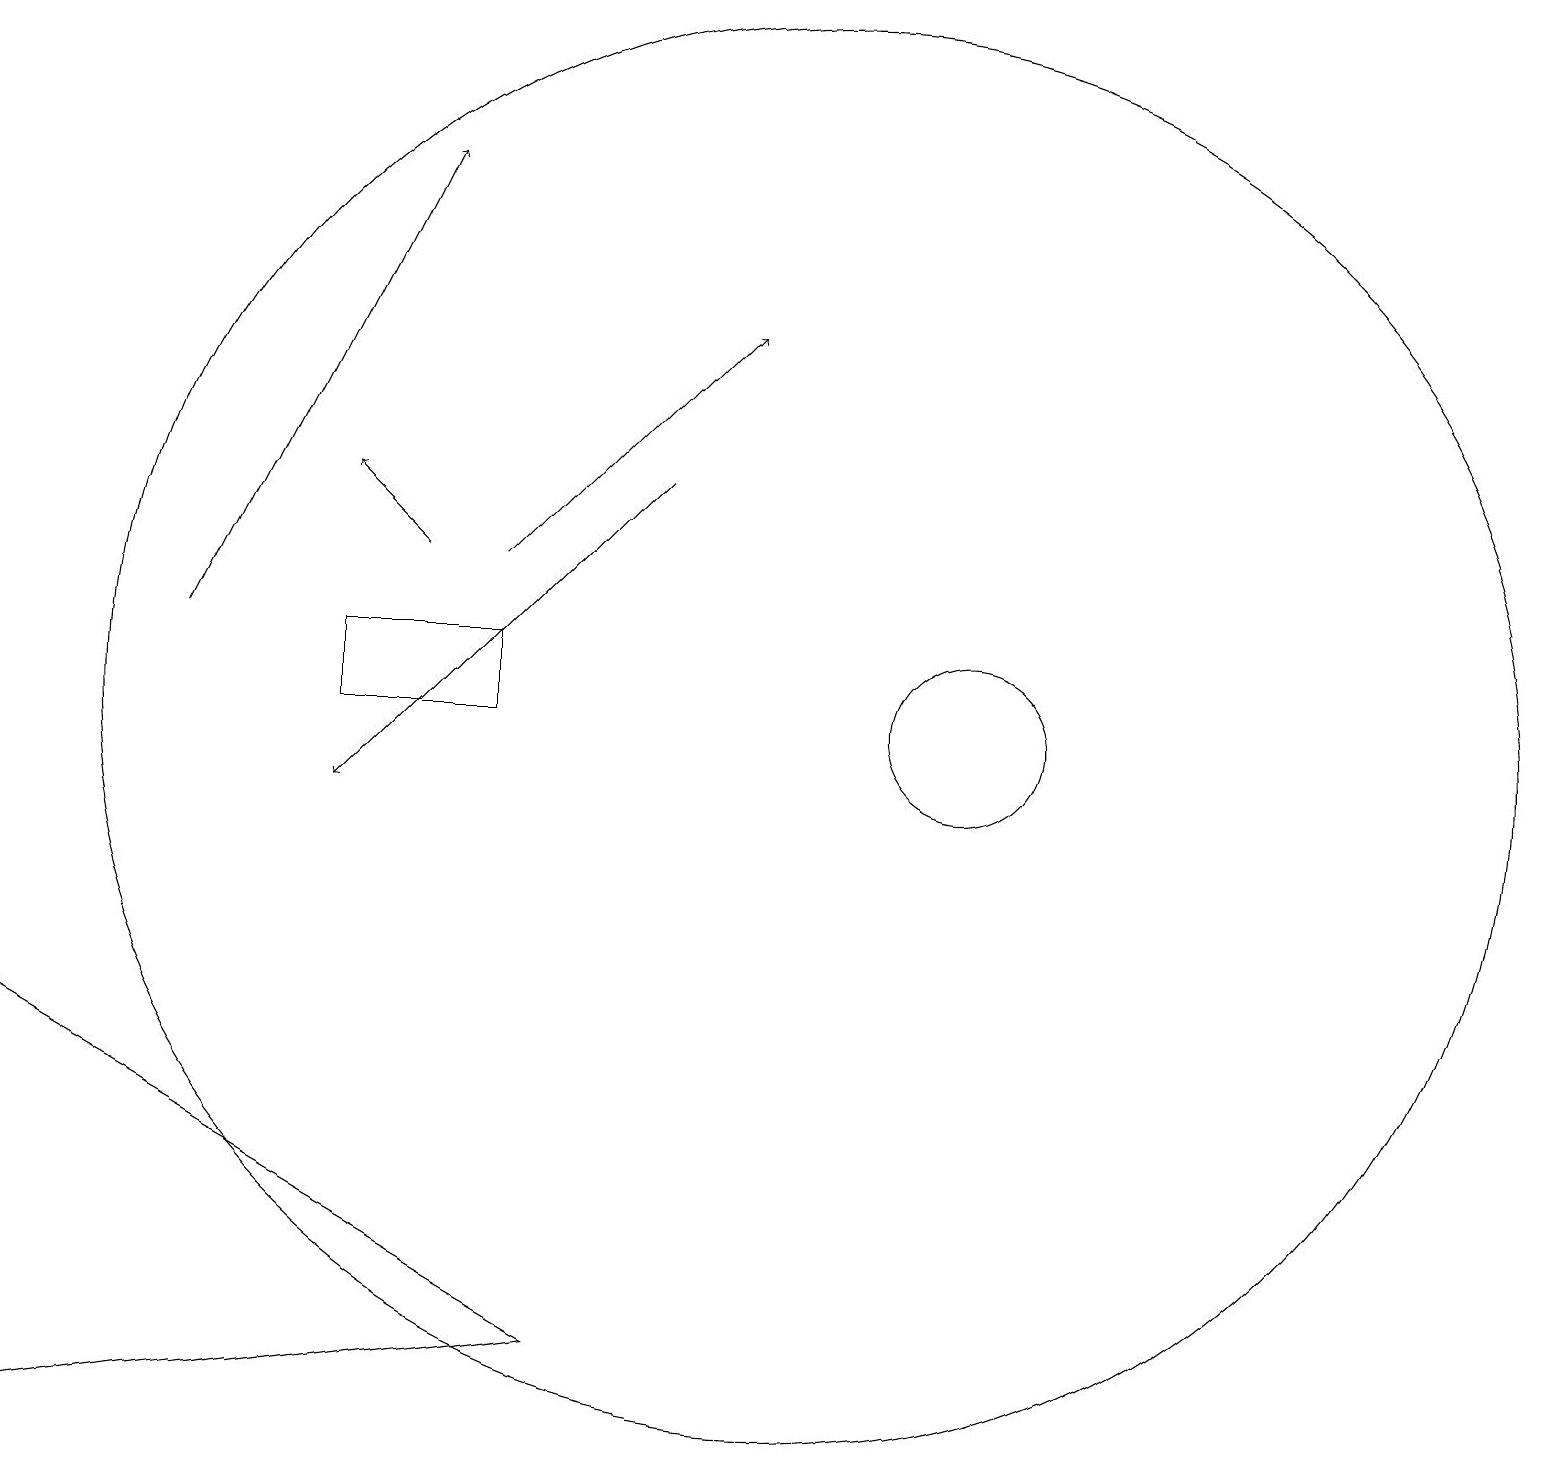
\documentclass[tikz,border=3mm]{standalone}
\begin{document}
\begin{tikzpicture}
\draw (0,2) -- (0,7) -- (7,3) -- cycle;
\draw[->] (2,12) -- (5,18);
\draw[->] (6,13) -- (9,16);
\draw[->] (5,13) -- (4,14);
\draw (4,12) rectangle (6,11);
\draw[->] (8,14) -- (4,10);
\draw (12,11) circle (1);
\draw (10,11) circle (9);
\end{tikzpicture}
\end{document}